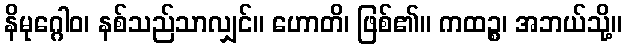
နိမုဂ္ဂေါဝ၊ နစ်သည်သာလျှင်။ ဟောတိ၊ ဖြစ်၏။ ကထဉ္စ၊ အဘယ်သို့။